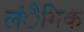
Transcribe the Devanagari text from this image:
लंैगिक